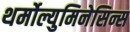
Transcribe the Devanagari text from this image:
थर्मोल्युमिनेसिन्स